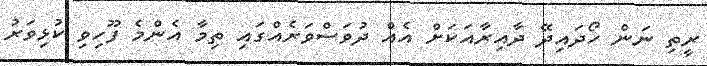
ރީތި ނަން ހޯދައިދޭ ދާއިރާއަކަށް އެއް ދުވަސްވަރެއްގައި ތިމާ އެންމެ ފޫހިވި ކުޅިވަރު